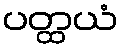
ပတ္ထယံ